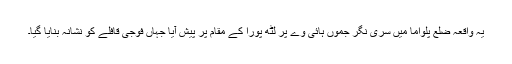
یہ واقعہ ضلع پلواما میں سری نگر جموں ہائی وے پر لٹھ پورا کے مقام پر پیش آیا جہاں فوجی قافلے کو نشانہ بنایا گیا۔